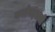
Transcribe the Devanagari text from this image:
कथेबद्दलची